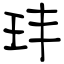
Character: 玤